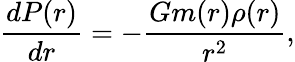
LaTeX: \frac{dP(r)}{dr}=-\frac{Gm(r)\rho(r)}{r^{2}},